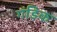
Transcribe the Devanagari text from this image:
गंडिक